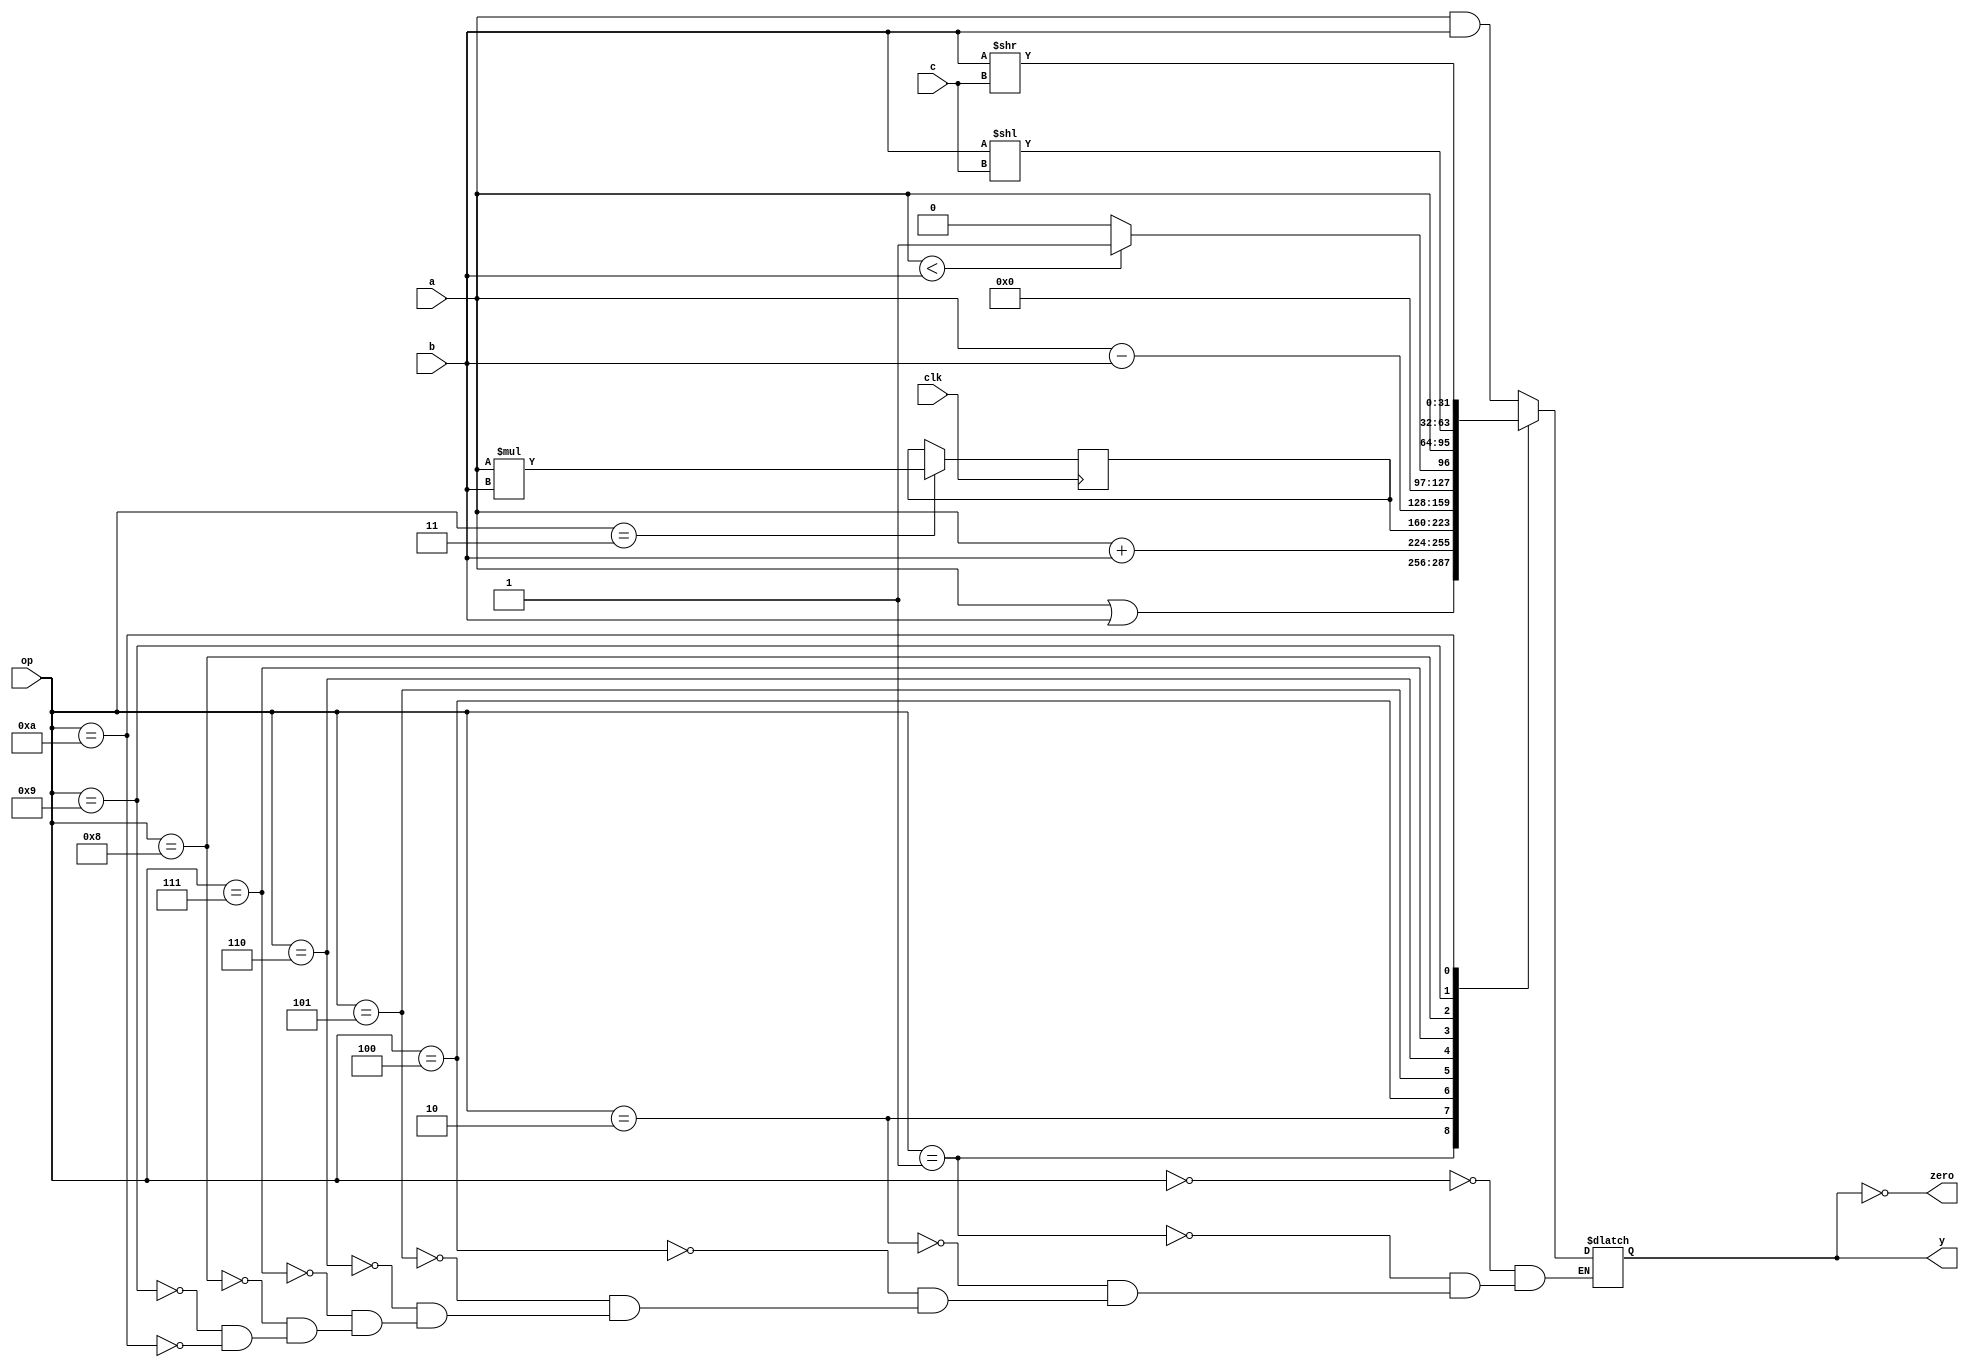

module alu (
        input  wire        clk,
        input  wire [3:0]  op,
        input  wire [31:0] a,
        input  wire [31:0] b,
        input  wire [4:0]  c, 
        output wire        zero,
        output reg  [31:0] y
    );

    reg [31:0] HI;
    reg [31:0] LO;
    reg [63:0] HILO;
    
    assign zero = (y == 0);
    
    always @ (posedge clk) begin
       case (op)
            4'b0011: begin 
                        HILO = a * b;
                     end
       endcase
    end

    always @ (op, a, b, c) begin
        case (op)
            4'b0000: y = a & b;
            4'b0001: y = a | b;
            4'b0010: y = a + b;
            4'b0100: y = HILO[63:32];
            4'b0101: y = HILO[31:0];
            4'b0110: y = a - b;
            4'b0111: y = (a < b) ? 1 : 0;
            4'b1000: y = a;
            4'b1001: y = b << c;
            4'b1010: y = b >> c;
        endcase
    end

endmodule